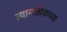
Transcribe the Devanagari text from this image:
त्यानजीकच्या